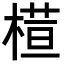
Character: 𣘇